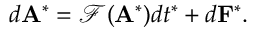
\begin{array} { r } { \begin{array} { r } { d { \mathbf { A } } ^ { * } = \mathcal { F } ( { \mathbf { A } } ^ { * } ) d t ^ { * } + d { \mathbf { F } } ^ { * } . } \end{array} } \end{array}